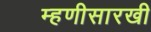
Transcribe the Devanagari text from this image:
म्हणीसारखी